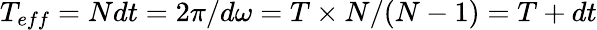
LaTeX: T_{eff}=Ndt=2\pi/d\omega=T\times N/(N-1)=T+dt